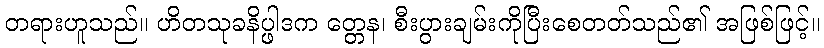
တရားဟူသည်။ ဟိတသုခနိပ္ဖါဒက တ္တေန၊ စီးပွားချမ်းကိုပြီးစေတတ်သည်၏ အဖြစ်ဖြင့်။